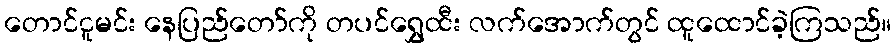
တောင်ငူမင်း နေပြည်တော်ကို တပင်ရွှေထီး လက်အောက်တွင် ထူထောင်ခဲ့ကြသည်။